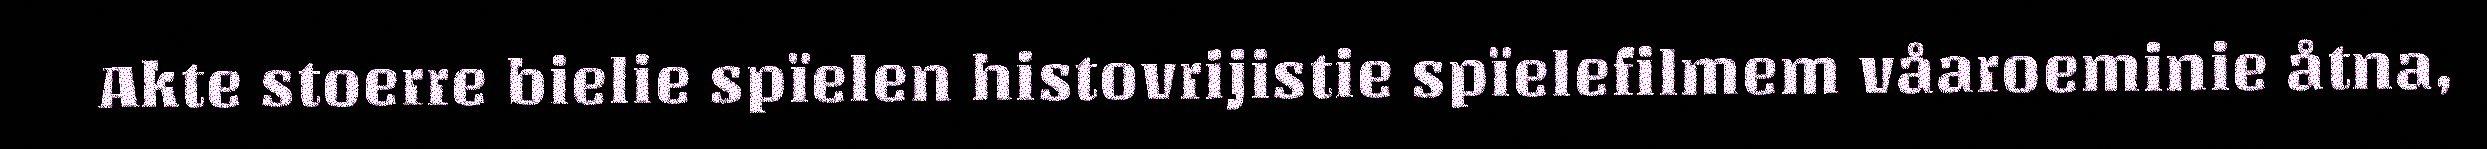
Akte stoerre bielie spïelen histovrijistie spïelefilmem våaroeminie åtna,